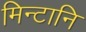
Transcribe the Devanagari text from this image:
मिन्टानि